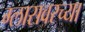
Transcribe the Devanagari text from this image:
ग्लासवरच्या